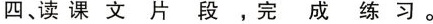
四、读课文片段，完成练习。